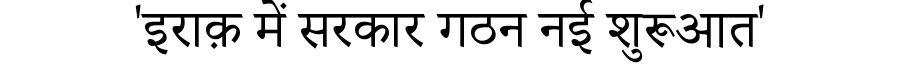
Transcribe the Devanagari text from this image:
'इराक़ में सरकार गठन नई शुरूआत'